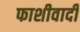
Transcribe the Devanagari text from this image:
फाशीवादी